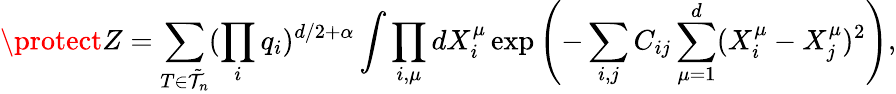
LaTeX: \protect Z=\sum_{T\in{\tilde{\cal{T}}}_{n}}(\prod_{i}q_{i})^{d/2+\alpha}\int\prod_{i,\mu}dX_{i}^{\mu}\exp\left(-\sum_{i,j}C_{ij}\sum_{\mu=1}^{d}(X_{i}^{\mu}-X_{j}^{\mu})^{2}\right),